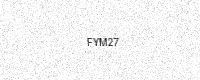
Text: FYM27